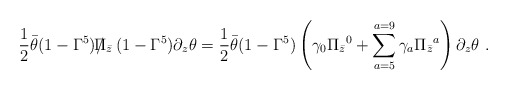
\begin{align*}{1\over 2} \bar \theta ( 1- \Gamma^5) {\slash \hskip -7pt {\Pi_{\bar z}}}\,( 1-\Gamma^5)\partial_z \theta = {1\over 2} \bar \theta ( 1- \Gamma^5) \left( \gamma_0\Pi_{\bar z}{}^0 + \sum_{a=5}^{a=9} \gamma_a \Pi_{\bar z}{}^a \right)\partial_z \theta \ .\end{align*}